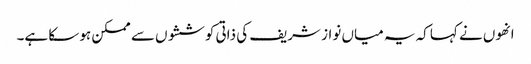
انھوں نے کہا کہ یہ میاں نواز شریف کی ذاتی کوششوں سے ممکن ہو سکا ہے۔